Document type: Sale
Year: 1430
Scribe: [Unknown]
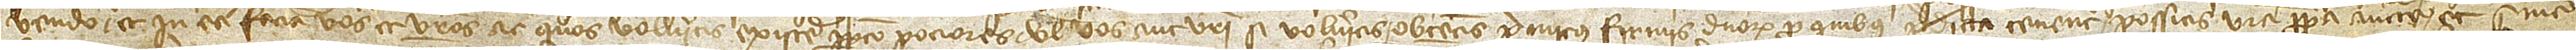
vendo et in ea faciam vos et vestros ac quos volueritis existere perpetuo pociores vel vos aut vestri si volueritis, obtentis primitus firmis dominorum pro quibus predicta tenentur possitis vestra propria auctoritate et sine